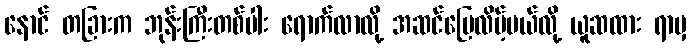
နောင် တခြားက ဘုန်းကြီးတစ်ပါး ရောက်လာလို့ အဆင်ပြေလိမ့်မယ်လို့ ယူဆထား ရာမှ